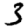
Digit: 3